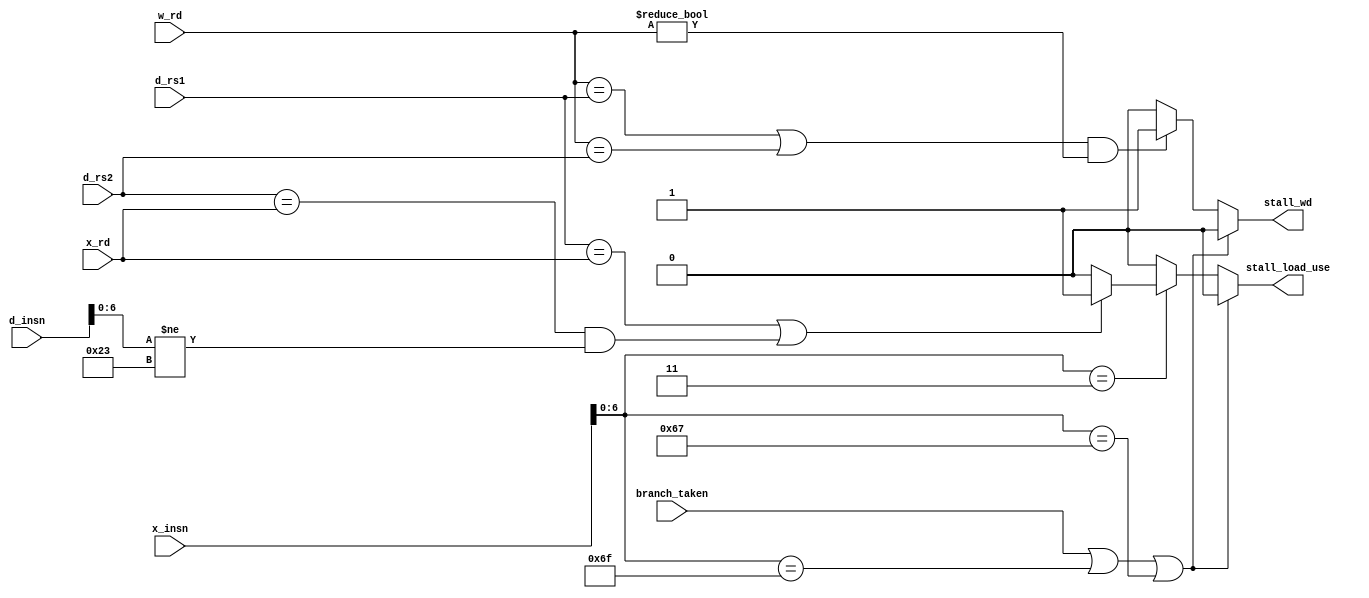
module stalling (
    input wire [31:0] x_insn,
    input wire [31:0] d_insn,
    input wire [4:0] d_rs1,
    input wire [4:0] d_rs2,
    input wire [4:0] x_rd,
    input wire [4:0] w_rd,
    input wire branch_taken,
    output reg stall_load_use,
    output reg stall_wd
);

initial begin
    stall_load_use = 0;
    stall_wd = 0;
end

always @(*) 
begin
    // load-use case
    if (x_insn[6:0] == 7'b0000011) 
    begin
        if ((d_rs1 == x_rd) || ((d_rs2 == x_rd) && (d_insn[6:0] != 7'b0100011))) // not store insn
        begin
            stall_load_use = 1'b1;
        end
        else
            stall_load_use = 0;
    end
    else 
        stall_load_use = 0;

    // wd stall
    if (((w_rd == d_rs1) || (w_rd == d_rs2)) && (w_rd != 0)) 
    begin
        stall_wd = 1'b1; 
    end
    else 
        stall_wd = 0; 


    // no stalling if branch taken, jal and jalr
    if (branch_taken || x_insn[6:0] == 7'b1101111 || x_insn[6:0] == 7'b1100111) 
    begin
        stall_load_use = 0;
        stall_wd = 0;
    end
end

endmodule